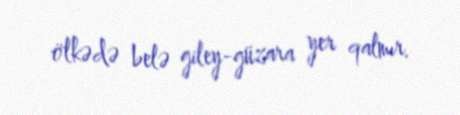
ölkədə belə giley-güzara yer qalmır.